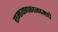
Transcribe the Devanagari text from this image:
रामायणकाळामधे